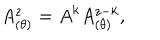
A _ { ( \theta ) } ^ { z } = A ^ { k } A _ { ( \theta ) } ^ { z - k } ,